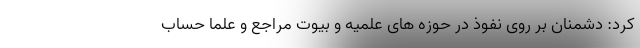
کرد: دشمنان بر روی نفوذ در حوزه های علمیه و بیوت مراجع و علما حساب